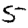
Digit: 5